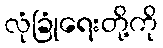
လုံခြုံရေးတို့ကို